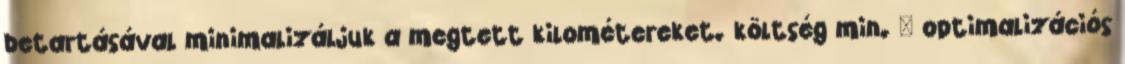
betartásával minimalizáljuk a megtett kilométereket. költség min.  optimalizációs